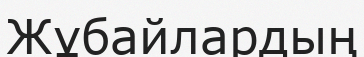
Жұбайлардың